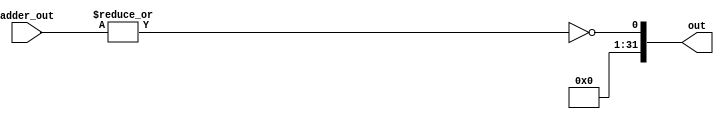
`timescale 1ns / 1ps

module set_less_than(
    output [31:0]out,
    input [31:0]adder_out
    );
    
assign out = {{31{1'b0}},~|(adder_out)};
    
endmodule